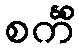
စင်္ကိံ